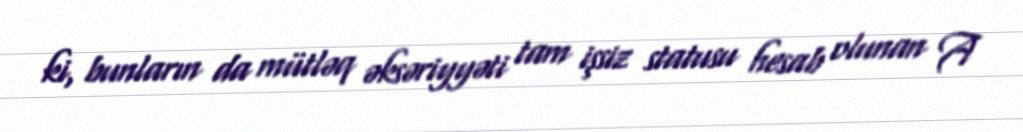
ki, bunların da mütləq əksəriyyəti tam işsiz statusu hesab olunan A